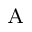
_ \mathrm { A }